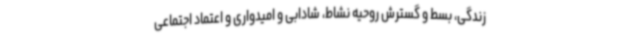
زندگی، بسط و گسترش روحیه نشاط، شادابی و امیدواری و اعتماد اجتماعی